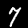
Digit: 7